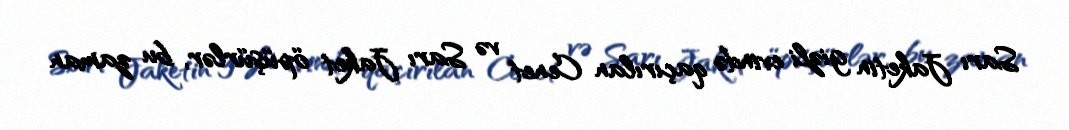
Sarı Jaketin gizli evində qaçırılan Cenet və Sarı Jaket öpüşürlər, bu zaman